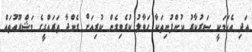
އަދި އެކަމަކީ ސަރުކާރު ކުންފުނިތަކާ ހަވާލު ކުރެވިގެން ކުރިއަށް ގެންދާ ތަރައްގީގެ މަޝްރޫއުތައް